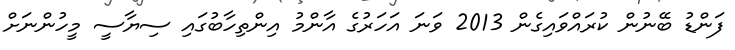
ފަންޑު ބޭނުން ކުރައްވައިގެން 2013 ވަނަ އަހަރުގެ އާންމު އިންތިހާބުގައި ސިޔާސީ މީހުންނަށް